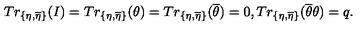
T r _ { \{ \eta , \overline { { \eta } } \} } ( I ) = T r _ { \{ \eta , \overline { { \eta } } \} } ( \theta ) = T r _ { \{ \eta , \overline { { \eta } } \} } ( \overline { { \theta } } ) = 0 , T r _ { \{ \eta , \overline { { \eta } } \} } ( \overline { { \theta } } \theta ) = q .